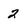
Character: 2